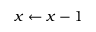
x \gets x - 1